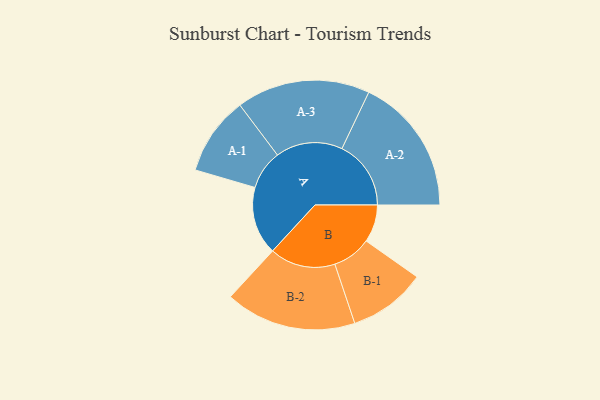
{"axis": {"x": "Segment", "y": "Value"}, "legend": ["", "A", "B"], "data": [{"x": "A", "y": 277, "type": ""}, {"x": "B", "y": 153, "type": ""}, {"x": "A-1", "y": 160, "type": "A"}, {"x": "A-2", "y": 281, "type": "A"}, {"x": "A-3", "y": 272, "type": "A"}, {"x": "B-1", "y": 158, "type": "B"}, {"x": "B-2", "y": 267, "type": "B"}]}